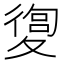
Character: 𡕴